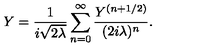
Y = \frac { 1 } { i \sqrt { 2 \lambda } } \sum _ { n = 0 } ^ { \infty } \frac { Y ^ { ( n + 1 / 2 ) } } { ( 2 i \lambda ) ^ { n } } .